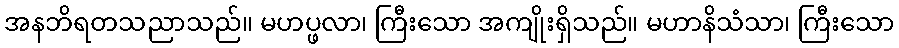
အနဘိရတသညာသည်။ မဟပ္ဖလာ၊ ကြီးသော အကျိုးရှိသည်။ မဟာနိသံသာ၊ ကြီးသော